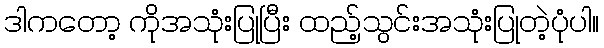
ဒါကတော့ ကိုအသုံးပြုပြီး ထည့်သွင်းအသုံးပြုတဲ့ပုံပါ။